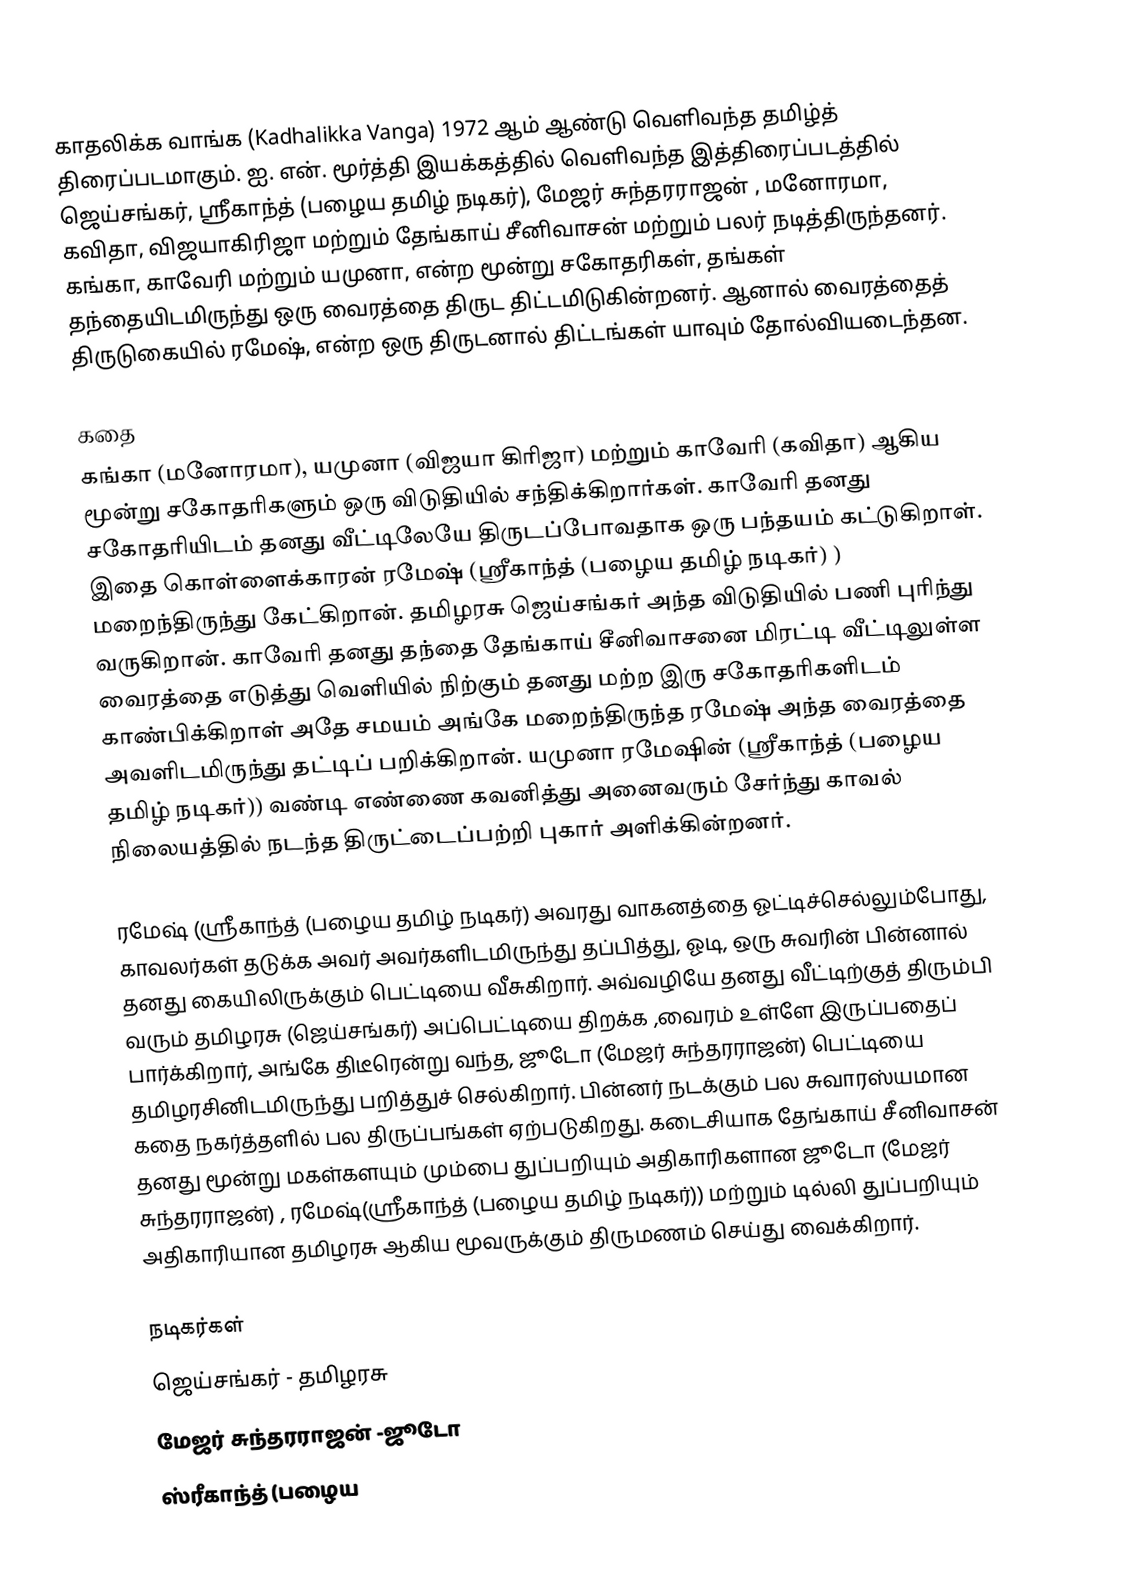
காதலிக்க வாங்க (Kadhalikka Vanga) 1972 ஆம் ஆண்டு வெளிவந்த தமிழ்த் திரைப்படமாகும். ஐ. என். மூர்த்தி இயக்கத்தில் வெளிவந்த இத்திரைப்படத்தில் ஜெய்சங்கர்,  ஸ்ரீகாந்த் (பழைய தமிழ் நடிகர்),  மேஜர் சுந்தரராஜன் , மனோரமா, கவிதா, விஜயாகிரிஜா மற்றும் தேங்காய் சீனிவாசன் மற்றும் பலர் நடித்திருந்தனர். கங்கா, காவேரி மற்றும் யமுனா, என்ற மூன்று சகோதரிகள், தங்கள் தந்தையிடமிருந்து ஒரு வைரத்தை திருட திட்டமிடுகின்றனர். ஆனால் வைரத்தைத் திருடுகையில் ரமேஷ், என்ற ஒரு திருடனால் திட்டங்கள் யாவும் தோல்வியடைந்தன.

கதை
கங்கா (மனோரமா), யமுனா (விஜயா கிரிஜா) மற்றும் காவேரி (கவிதா) ஆகிய மூன்று சகோதரிகளும் ஒரு விடுதியில் சந்திக்கிறார்கள். காவேரி தனது சகோதரியிடம் தனது வீட்டிலேயே திருடப்போவதாக ஒரு பந்தயம் கட்டுகிறாள். இதை கொள்ளைக்காரன் ரமேஷ் (ஸ்ரீகாந்த் (பழைய தமிழ் நடிகர்) ) மறைந்திருந்து கேட்கிறான். தமிழரசு ஜெய்சங்கர் அந்த விடுதியில் பணி புரிந்து வருகிறான். காவேரி தனது தந்தை தேங்காய் சீனிவாசனை மிரட்டி வீட்டிலுள்ள வைரத்தை எடுத்து வெளியில் நிற்கும் தனது மற்ற இரு சகோதரிகளிடம் காண்பிக்கிறாள் அதே சமயம் அங்கே மறைந்திருந்த ரமேஷ் அந்த வைரத்தை அவளிடமிருந்து தட்டிப் பறிக்கிறான். யமுனா ரமேஷின் (ஸ்ரீகாந்த் (பழைய தமிழ் நடிகர்)) வண்டி எண்ணை கவனித்து  அனைவரும் சேர்ந்து காவல் நிலையத்தில் நடந்த திருட்டைப்பற்றி புகார் அளிக்கின்றனர்.

ரமேஷ் (ஸ்ரீகாந்த் (பழைய தமிழ் நடிகர்) அவரது வாகனத்தை ஓட்டிச்செல்லும்போது, காவலர்கள் தடுக்க அவர் அவர்களிடமிருந்து தப்பித்து, ஓடி, ஒரு சுவரின் பின்னால் தனது கையிலிருக்கும் பெட்டியை வீசுகிறார். அவ்வழியே தனது வீட்டிற்குத் திரும்பி வரும் தமிழரசு (ஜெய்சங்கர்) அப்பெட்டியை திறக்க ,வைரம் உள்ளே இருப்பதைப் பார்க்கிறார்,   அங்கே திடீரென்று வந்த, ஜூடோ (மேஜர் சுந்தரராஜன்) பெட்டியை தமிழரசினிடமிருந்து பறித்துச் செல்கிறார். பின்னர் நடக்கும் பல சுவாரஸ்யமான கதை நகர்த்தளில் பல திருப்பங்கள் ஏற்படுகிறது. கடைசியாக தேங்காய் சீனிவாசன் தனது மூன்று மகள்களயும் மும்பை துப்பறியும் அதிகாரிகளான ஜூடோ (மேஜர் சுந்தரராஜன்) , ரமேஷ்(ஸ்ரீகாந்த் (பழைய தமிழ் நடிகர்)) மற்றும் டில்லி துப்பறியும் அதிகாரியான தமிழரசு ஆகிய மூவருக்கும் திருமணம் செய்து வைக்கிறார்.

நடிகர்கள்
ஜெய்சங்கர்  - தமிழரசு
மேஜர் சுந்தரராஜன்   -ஜூடோ
ஸ்ரீகாந்த் (பழைய